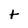
Character: t